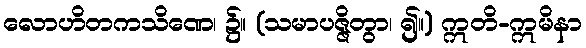
လောဟိတကသိဏေ၊ ၌။ (သမာပဇ္ဇိတွာ၊ ၍။) ဣတိ-ဣမိနာ